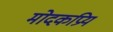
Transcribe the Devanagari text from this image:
मोदकप्रिय